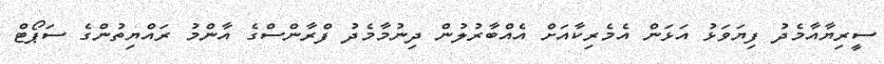
ސީރިޔާއާމެދު ފިޔަވަޅު އަޅަން އެމެރިކާއަށް އެއްބާރުލުން ދިނުމާމެދު ފްރާންސްގެ އާންމު ރައްޔިތުންގެ ސަޕޯޓް